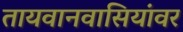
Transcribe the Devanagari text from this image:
तायवानवासियांवर